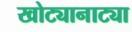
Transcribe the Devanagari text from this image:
खोट्यानाट्या